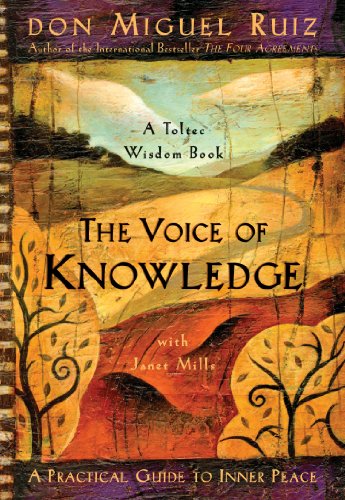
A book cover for The Voice of Knowledge: A Practical Guide to Inner Peace; Don Miguel Ruiz; Self-Help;